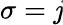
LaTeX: \sigma=\mathit{j}